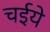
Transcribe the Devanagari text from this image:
चईये